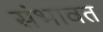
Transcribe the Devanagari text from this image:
संभावत